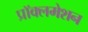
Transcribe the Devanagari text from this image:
प्रॉक्लमेशन